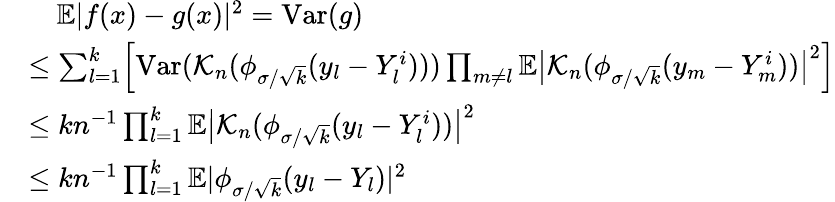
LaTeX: \begin{array}{rl}&{\quad\mathbb{E}|f(x)-g(x)|^{2}=\mathrm{Var}(g)}\\ &{\leq\sum_{l=1}^{k}\Bigl[\mathrm{Var}(\mathcal{K}_{n}(\phi_{\sigma/\sqrt{k}}(y_{l}-Y_{l}^{i})))\prod_{m\neq l}\mathbb{E}\big|\mathcal{K}_{n}(\phi_{\sigma/\sqrt{k}}(y_{m}-Y_{m}^{i}))\big|^{2}\Bigr]}\\ &{\leq kn^{-1}\prod_{l=1}^{k}\mathbb{E}\big|\mathcal{K}_{n}(\phi_{\sigma/\sqrt{k}}(y_{l}-Y_{l}^{i}))\big|^{2}}\\ &{\leq kn^{-1}\prod_{l=1}^{k}\mathbb{E}|\phi_{\sigma/\sqrt{k}}(y_{l}-Y_{l})|^{2}}\end{array}